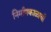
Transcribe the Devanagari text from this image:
निर्माणकाळाची